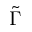
\tilde { \Gamma }